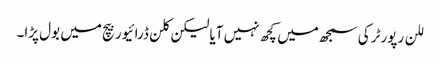
للن رپورٹر کی سمجھ میں کچھ نہیں آیا لیکن کلن ڈرائیور بیچ میں بول پڑا۔